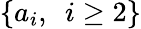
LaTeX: \{ a_{i},\enspace i\geq 2\}